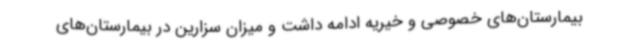
بیمارستان‌های خصوصی و خیریه ادامه داشت و میزان سزارین در بیمارستان‌های